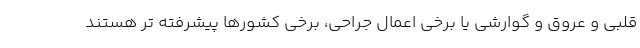
قلبی و عروق و گوارشی یا برخی اعمال جراحی، برخی کشورها پیشرفته تر هستند